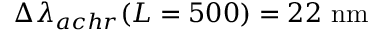
\Delta \lambda _ { a c h r } ( L = 5 0 0 ) = 2 2 ~ \mathrm { n m }